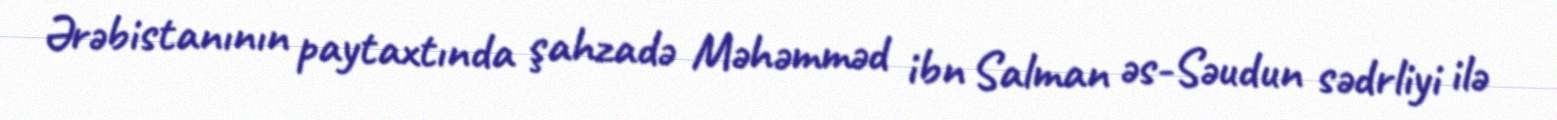
Ərəbistanının paytaxtında şahzadə Məhəmməd ibn Salman əs-Səudun sədrliyi ilə